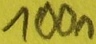
Text: 100n